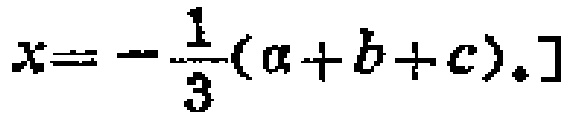
\[x = -\frac{1}{3}(a + b + c).]\]